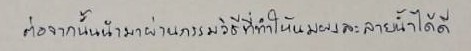
ต่อจากนั้นนำมาผ่านกรรมวิธีที่ทำให้นมผงละลายน้ำได้ดี